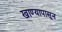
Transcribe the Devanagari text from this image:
खाण्यापासून